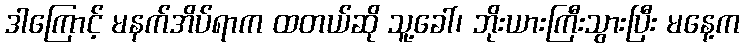
ဒါကြောင့် မနက်အိပ်ရာက ထတယ်ဆို သူ့ခေါ်၊ ဘိုးယားကြီးသွားပြီး မနေ့က